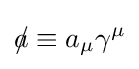
a\!\!\!/\equiv a_{\mu }\gamma ^{\mu }